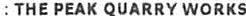
: THE PEAK QUARRY WORKS